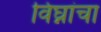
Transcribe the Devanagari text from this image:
विघ्नांचा